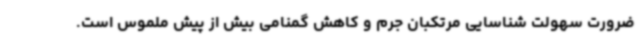
ضرورت سهولت شناسایی مرتکبان جرم و کاهش گمنامی بیش از پیش ملموس است.